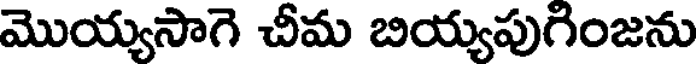
మొయ్యసాగె చీమ బియ్యపుగింజను